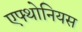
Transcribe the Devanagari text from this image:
एफ्थोनियस